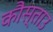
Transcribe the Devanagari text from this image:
कौस्ताउ